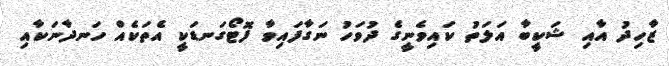
ޒާހިދު އާއި ޝަކީބާ އަލަތު ކައިވެނީގެ ދުވަހު ނަގާފައިވާ ފޮޓޯގަނޑަކީ އެތަކެއް ހަނދާނަކާއި